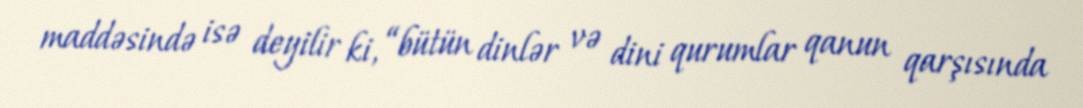
maddəsində isə deyilir ki, “bütün dinlər və dini qurumlar qanun qarşısında